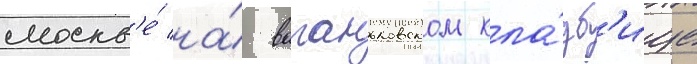
москв'е́ на́ ваганьковском кла́дб'ище